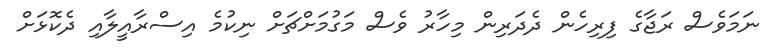
ނަމަވެސް ރަޖާގެ ފިރިހެން ދެދަރިން މިހާރު ވެސް މަގުމަށްޗަށް ނިކުމެ އިސްރާއީލާއި ދެކޮޅަށް